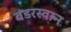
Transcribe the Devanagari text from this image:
वंडरस्वान